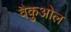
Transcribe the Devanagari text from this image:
वैकुओल